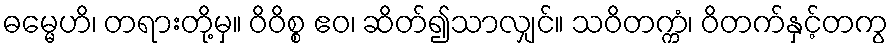
ဓမ္မေဟိ၊ တရားတို့မှ။ ဝိဝိစ္စ ဧဝ၊ ဆိတ်၍သာလျှင်။ သဝိတက္ကံ၊ ဝိတက်နှင့်တကွ